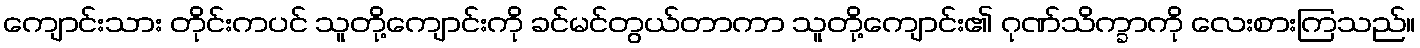
ကျောင်းသား တိုင်းကပင် သူတို့ကျောင်းကို ခင်မင်တွယ်တာကာ သူတို့ကျောင်း၏ ဂုဏ်သိက္ခာကို လေးစားကြသည်။